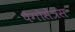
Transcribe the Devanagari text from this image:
पैगोसेंत्रस